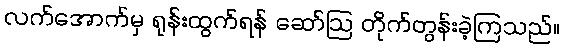
လက်အောက်မှ ရုန်းထွက်ရန် ဆော်ဩ တိုက်တွန်းခဲ့ကြသည်။